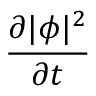
\frac { \partial | \phi | ^ { 2 } } { \partial t }